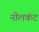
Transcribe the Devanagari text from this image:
नीलकंट